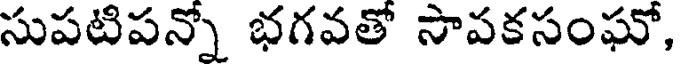
సుపటిపన్నో భగవతో సావకసంఘో,